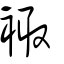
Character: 𧚥